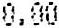
0.00